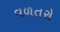
વળતરો